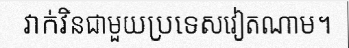
វាក់វិនជាមួយប្រទេសវៀតណាម។